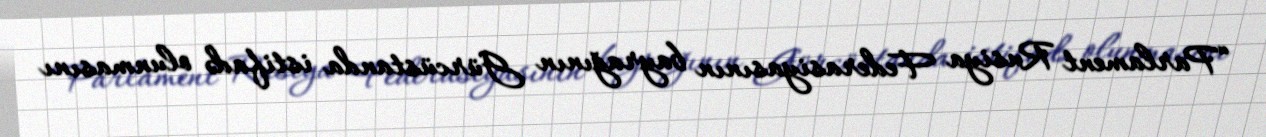
“Parlament Rusiya Federasiyasının bayrağının Gürcüstanda istifadə olunmasını